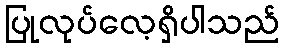
ပြုလုပ်လေ့ရှိပါသည်